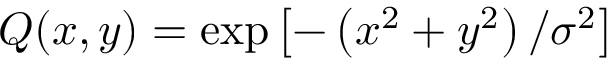
Q ( x , y ) = \exp \left[ - \left( x ^ { 2 } + y ^ { 2 } \right) / \sigma ^ { 2 } \right]